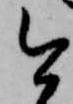
今